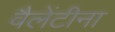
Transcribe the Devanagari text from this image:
वैलेंटीना